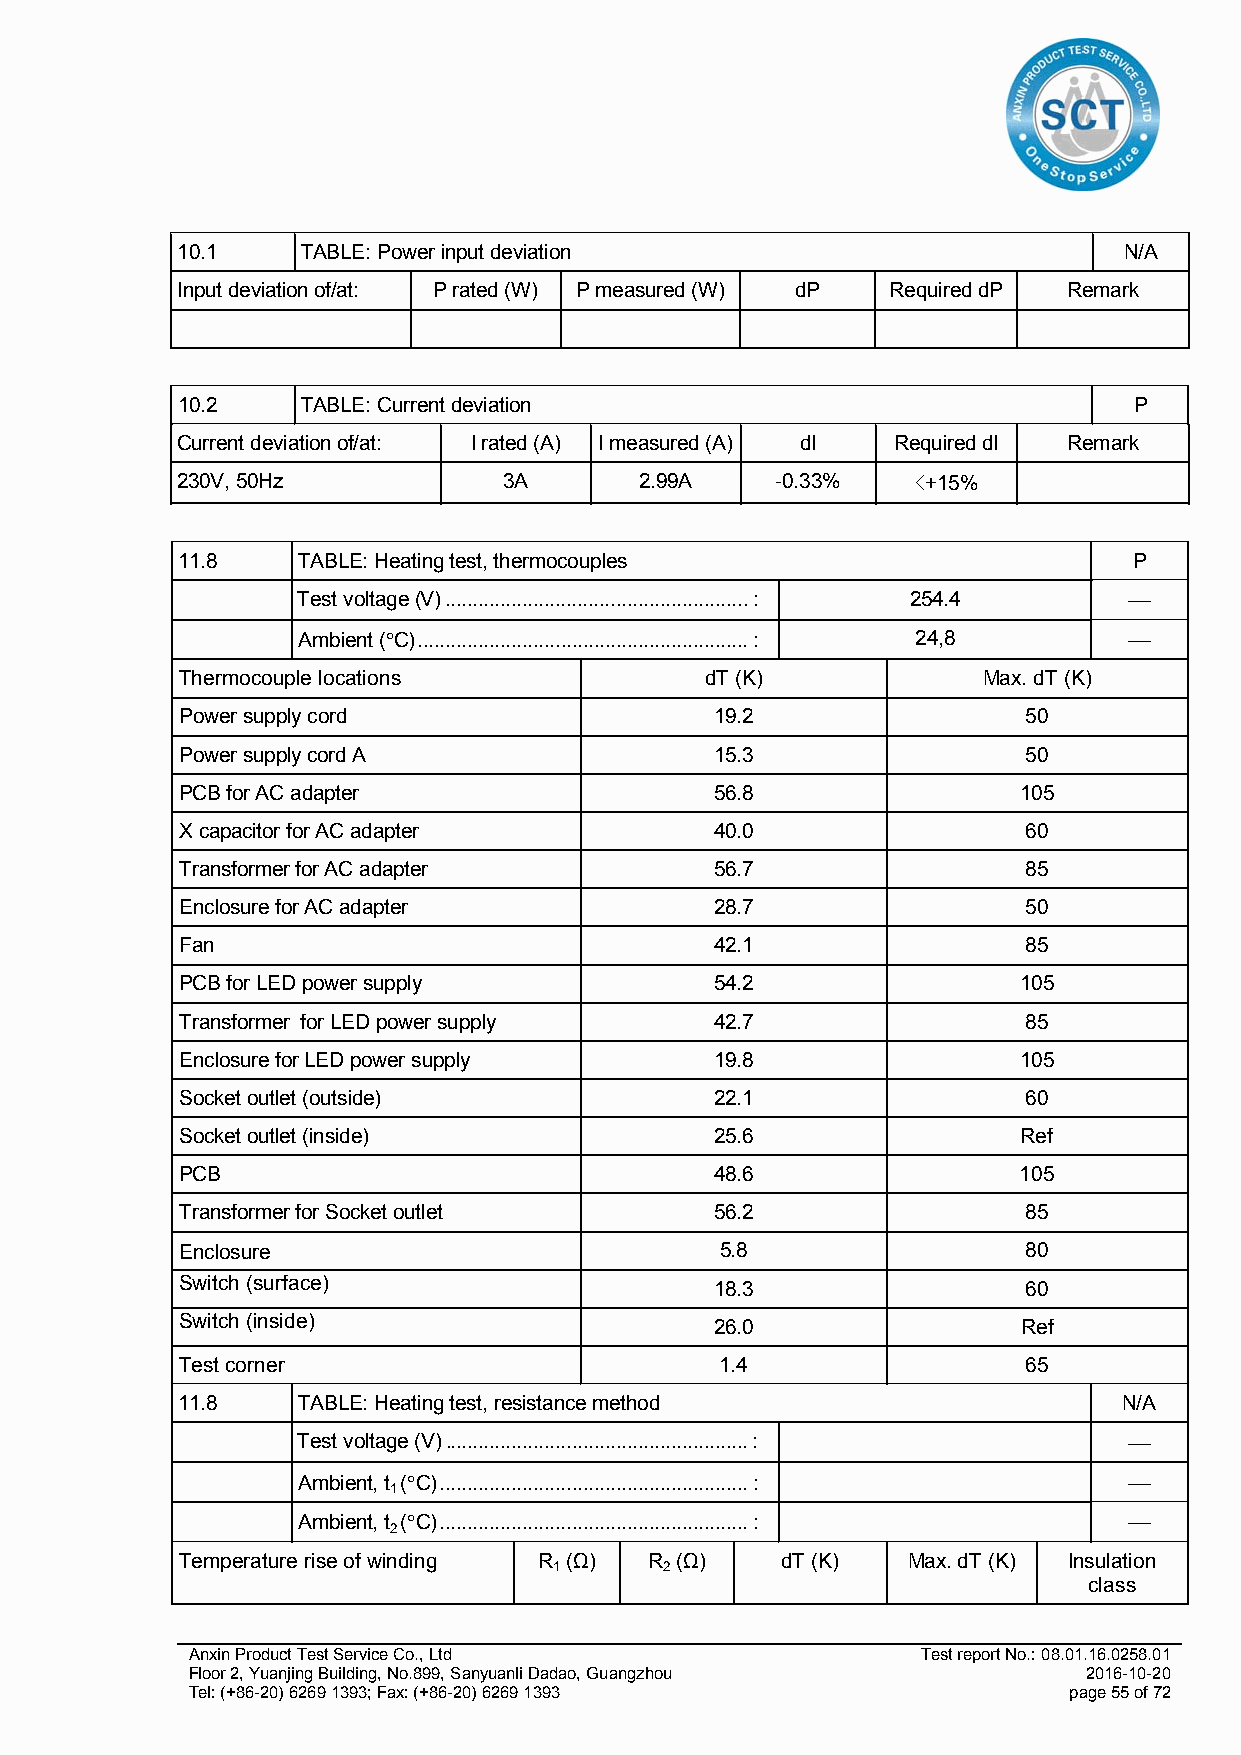
10.1    TABLE: Power input deviation                          N/A
 Input deviation of/at: P rated (W) P measured (W) dP Required dP Remark
 10.2    TABLE: Current deviation                               P
 Current deviation of/at: I rated (A) I measured (A) dI Required dI Remark
 230V, 50Hz           3A       2.99A    -0.33%    <+15%
 11.8    TABLE: Heating test, thermocouples                     P
 Test voltage (V) ....................................................... : 254.4 
 Ambient (C) ............................................................ : 24,8 
 Thermocouple locations             dT (K)            Max. dT (K)
 Power supply cord                  19.2                 50
 Power supply cord A                15.3                 50
 PCB for AC adapter                 56.8                105
 X capacitor for AC adapter         40.0                 60
 Transformer for AC adapter         56.7                 85
 Enclosure for AC adapter           28.7                 50
 Fan                                42.1                 85
 PCB for LED power supply           54.2                105
 Transformer for LED power supply   42.7                 85
 Enclosure for LED power supply     19.8                105
 Socket outlet (outside)            22.1                 60
 Socket outlet (inside)             25.6                 Ref
 PCB                                48.6                105
 Transformer for Socket outlet      56.2                 85
 Enclosure                           5.8                 80
 Switch (surface)                   18.3                 60
 Switch (inside)                    26.0                 Ref
 Test corner                         1.4                 65
 11.8    TABLE: Heating test, resistance method                N/A
 Test voltage (V) ....................................................... : 
 Ambient, t (C) ........................................................ : 
 1
 Ambient, t (C) ........................................................ : 
 2
 Temperature rise of winding R (Ω) R (Ω) dT (K)  Max. dT (K) Insulation
 1      2
 class
 Anxin Product Test Service Co., Ltd              Test report No.: 08.01.16.0258.01
 Floor 2, Yuanjing Building, No.899, Sanyuanli Dadao, Guangzhou 2016-10-20
 Tel: (+86-20) 6269 1393; Fax: (+86-20) 6269 1393           page 55 of 72